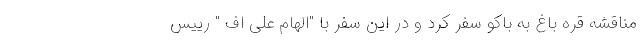
مناقشه قره باغ به باکو سفر کرد و در این سفر با "الهام علی اف " رییس